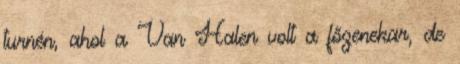
turnén, ahol a Van Halen volt a főzenekar, de